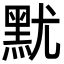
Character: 𪐤